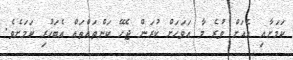
ކަމަށާއި އެއަށް ވުރެ މާ އަވަހަށް ކުރަން ޖެހޭ ކަންތައްތައް އެބަހުރި ކަމަށެވެ.